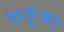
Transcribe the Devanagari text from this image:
शगूंफा